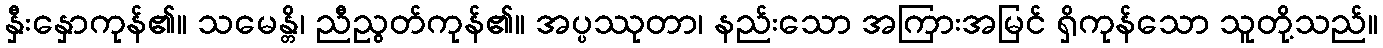
နှီးနှောကုန်၏။ သမေန္တိ၊ ညီညွတ်ကုန်၏။ အပ္ပဿုတာ၊ နည်းသော အကြားအမြင် ရှိကုန်သော သူတို့သည်။